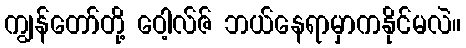
ကျွန်တော်တို့ ဝေါ့လ်ဇ် ဘယ်နေရာမှာကနိုင်မလဲ။